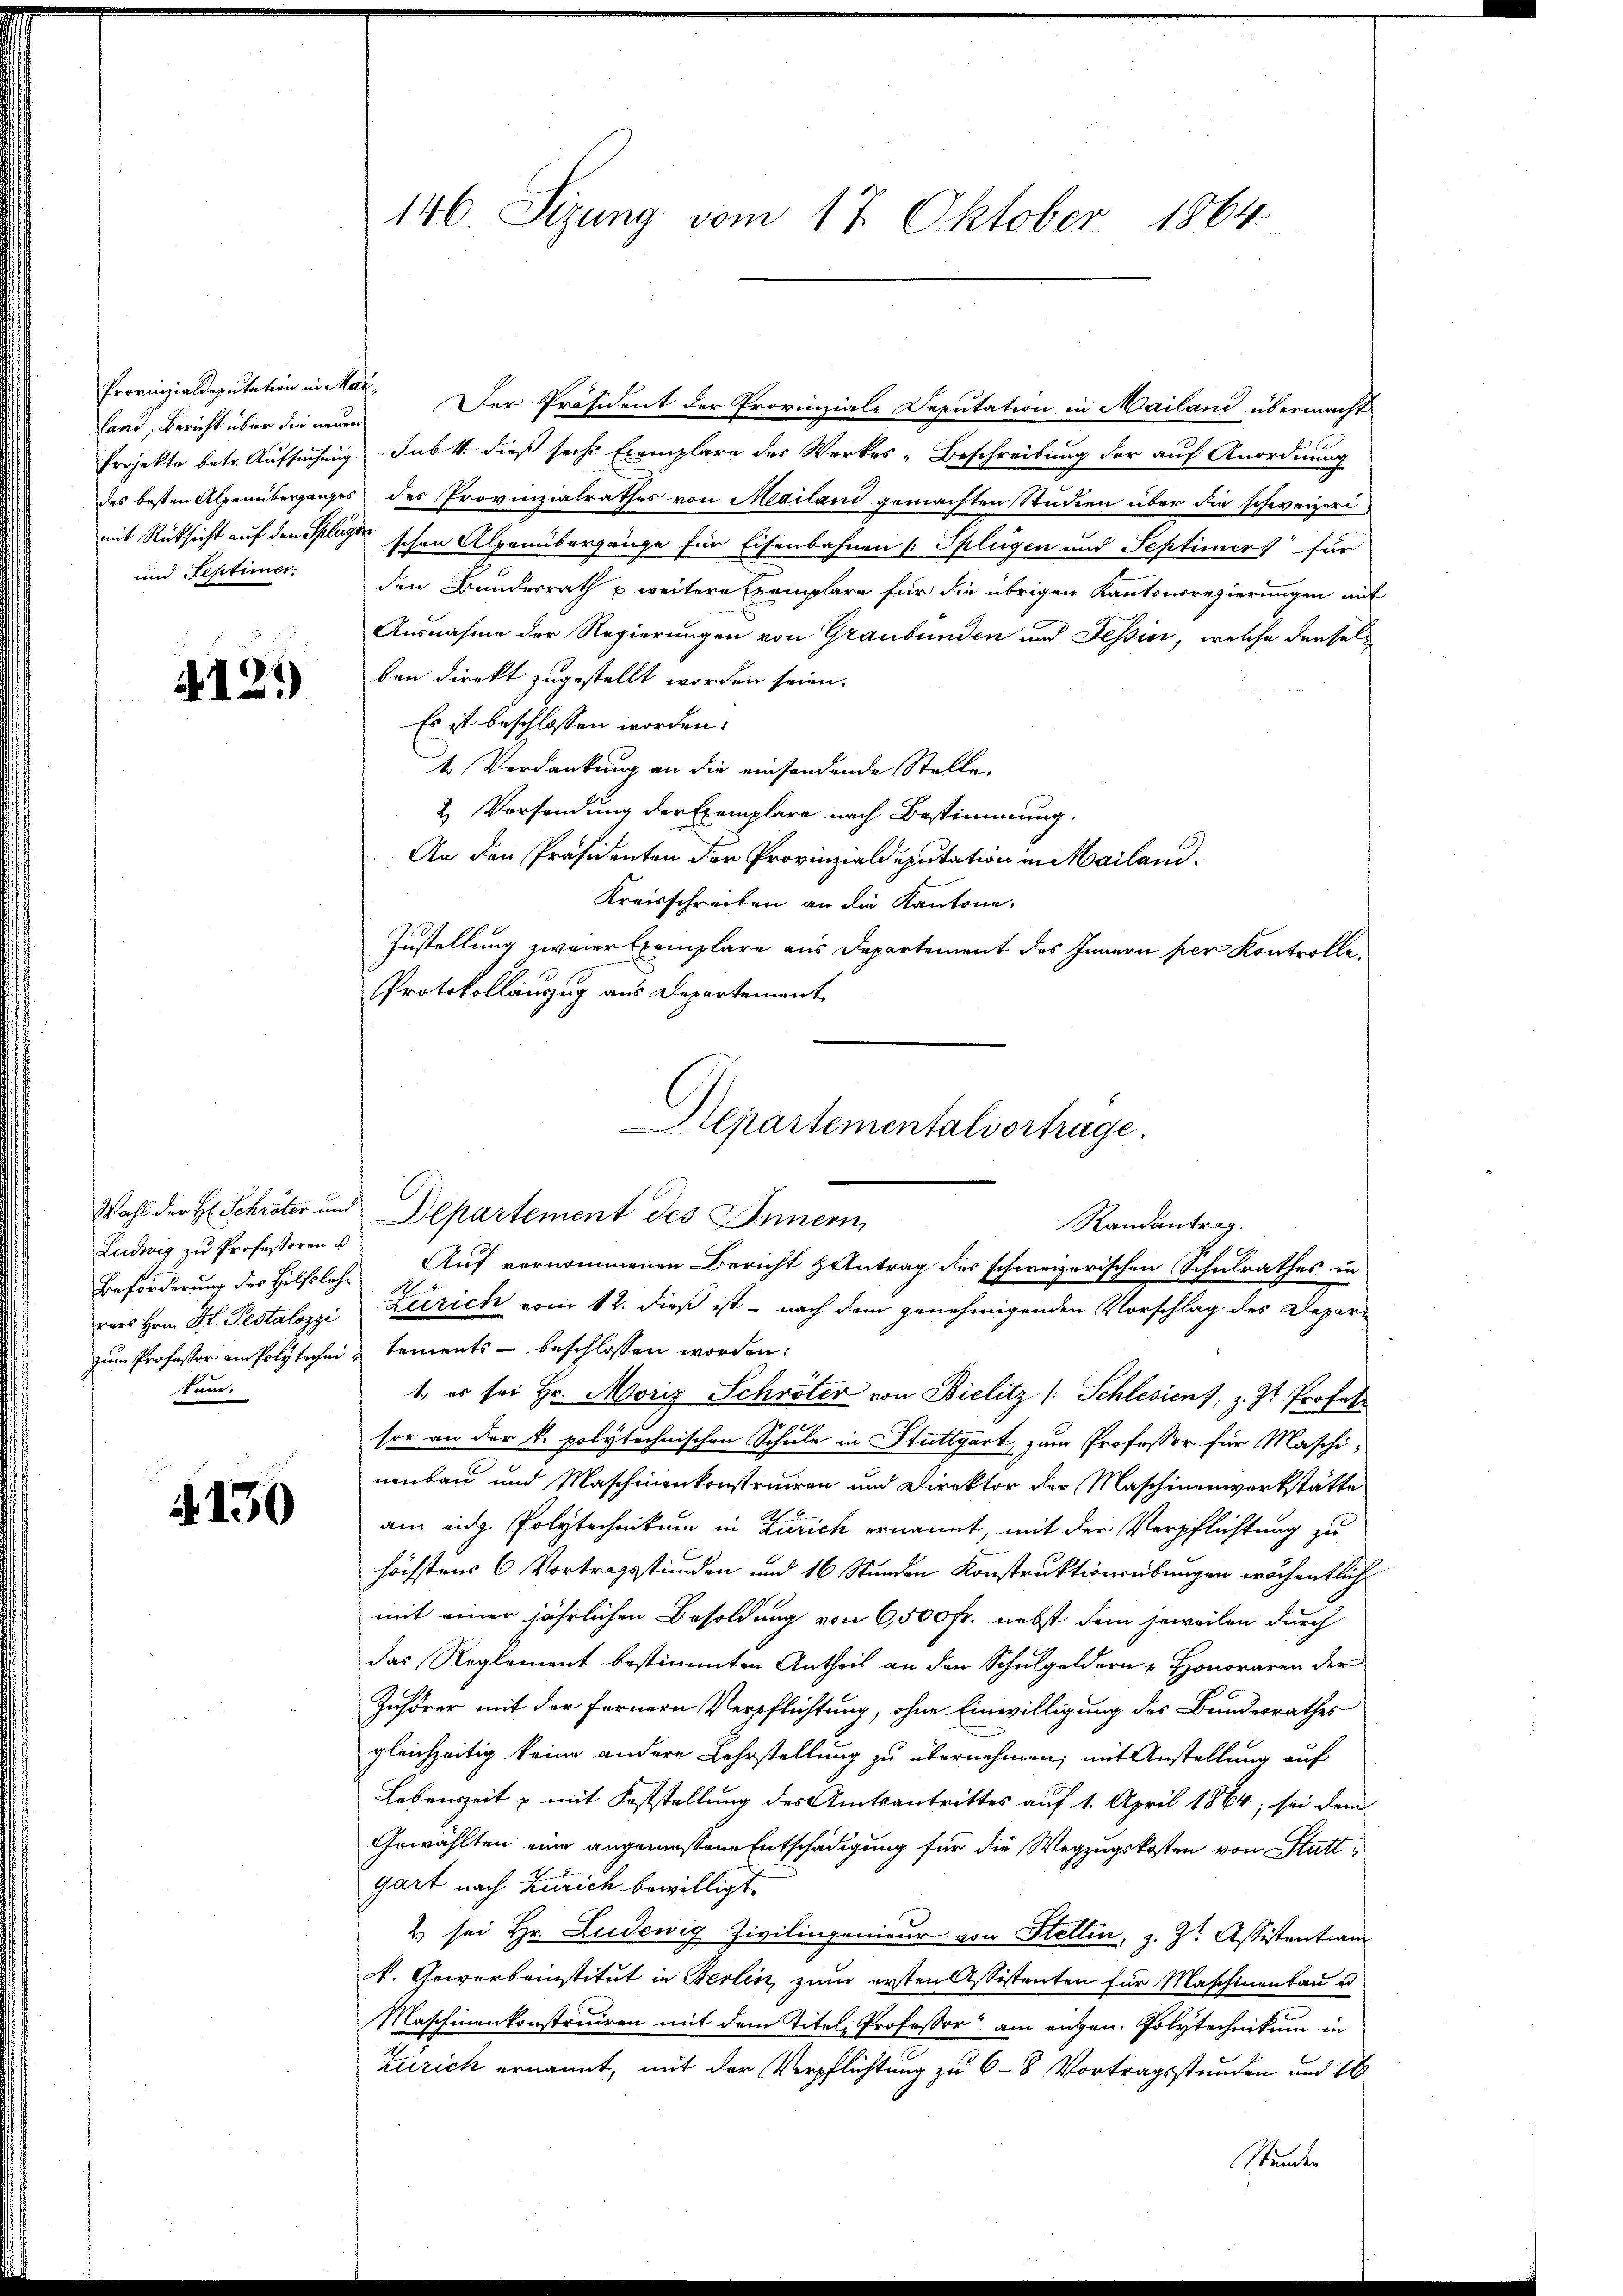
land, Bericht über die neuer
Projekte betr. Aufsuchung
und Festimer.

4121)

Ludwig zu Professoren
rars Hrn. Hr. Pestalozzi
tum.

4130

146. Sizung vom 17. Oktober 1864.

Provinzialdeputation ein Mar. Der Präsident der Provinziale Deputation in Mailand übermacht
Jub 1. dieß sechs Exemplare des Werkes-Beschreibung der auf Anordnung
des besten Alpenüberganges des Provinzialrathes von Mailand gemachten Studien über die schweizeri
mit Rücksicht auf den Splage schon Alpenübergänge für Eisenbahnen (: Splügen und Septimiers für
den Bundesrath u weitere Exemplare für die übrigen Kantonsregierungen mit
Ausnahme der Regierungen von Graubünden und Tessin, welche denselben direkt zugestellt worden seien.
Es ist beschlossen worden.
4. Verdankung an die einsendende Stelle,
2. Versendung der Exemplare nach Bestimmung.
An den Präsidenten der Provinzialdeputation in Mailand¬
Kreisschreiben an die Kantone,
Zustellung zweier Exemplare aus Departement des Innern per Kontrolle
Protokollauszug aus Departement
Wahl der H. Schröter und Departement des Innern,
Beförderung des Hilfslehe Auf vernommenen Bericht Antrag des schweizerischen Schulrathes in
zum Professor am Polytechen u tements - beschlossen worden:
1. es sei Hr. Moriz Schröter von Bielitz /: Schlesiens, z. Zt. Profess
sor an der k. polytechnischen Schule in Stuttgart, zum Professor für Maschinenbau und Maschinenkonstruiren und Direktor der Maschinenwerkstätte
am eidg. Polytechnikum in Zürich ernannt, mit der Verpflichtung zu
höchstens 6 Vortragsstunden und 16 Stunden Konstruktionsübungen wöchentlich
mit einer jährlichen Besoldung von 6,500 Fr. nebst dem jeweilen durch
das Reglement bestimmten Antheil an den Schulgeldern u. Honoraren der
Zuhörer mit der fernern Verpflichtung, ohne Einwilligung des Bundesrathes
gleichzeitig keine andere Lehrstellung zu übernehmen, mit Anstellung auf
Lebenszeit u mit Feststellung des Amtsantrittes auf 1. April 1864; sei dem
Gewählten eine angemessene Entschädigung für die Wegzugskosten von Stattgart nach Zürich bewilligt.
2 sei Hr. Leidewig Zivilingenieur von Stettin, z. Z. Assistentian
t. Gewerbeinstitut in Berlin, zum ersten Assistenten für Maschinenbau u
Maschinenkonstruiren mit dem Titel, Professor am eigen. Polytechnikum in
Zürich ernannt, mit der Verpflichtung zu 6–8 Vortragsstunden und 16

Stepartementalvortrage.
Randantrag.
Zürich vom 12. dieß ist – nach dem genehmigenden Vorschlag des Depar¬

Stunden